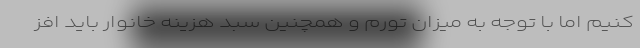
کنیم اما با توجه به میزان تورم و همچنین سبد هزینه خانوار باید افز